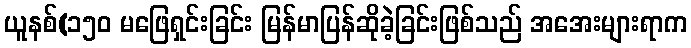
ယူနစ်(၁၅၀ မဖြေရှင်းခြင်း မြန်မာပြန်ဆိုခဲ့ခြင်းဖြစ်သည် အအေးများရာက